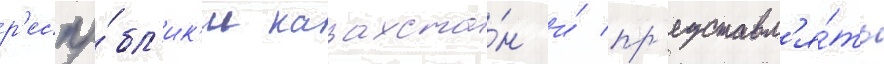
р'еспу́бл'ик'и казахста́н и́ пр'едставл'я́ть